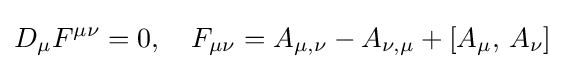
\displaystyle D_{\mu }F^{\mu \nu }=0,\quad F_{\mu \nu }=A_{\mu ,\nu }-A_{\nu ,\mu }+[A_{\mu },\,A_{\nu }]